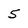
Character: 5